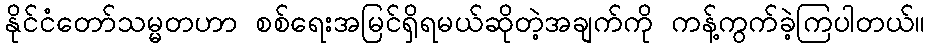
နိုင်ငံတော်သမ္မတဟာ စစ်ရေးအမြင်ရှိရမယ်ဆိုတဲ့အချက်ကို ကန့်ကွက်ခဲ့ကြပါတယ်။